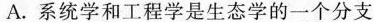
A. 系统学和工程学是生态学的一个分支